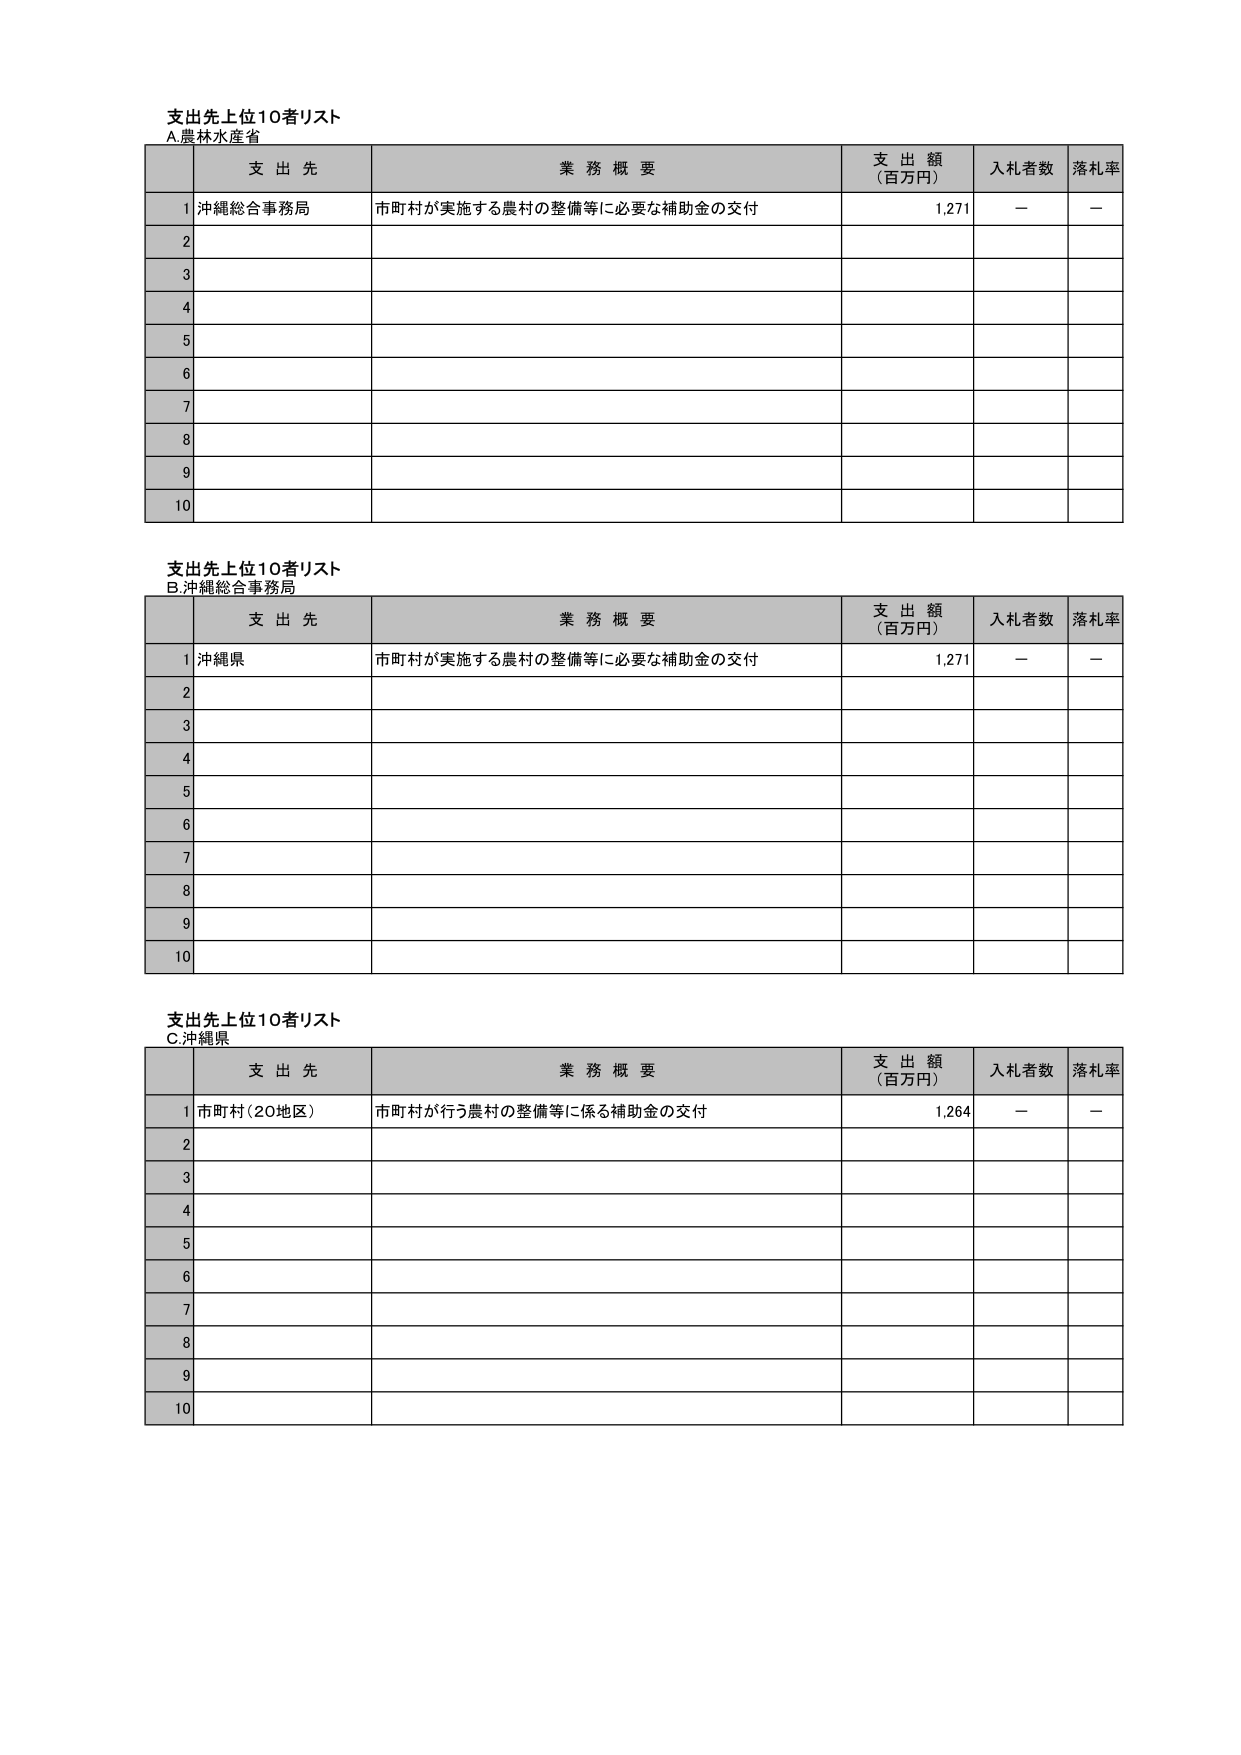
支出先上位10者リスト
A.農林水産省

| | 支出先 | 業務概要 | 支出額（百万円） | 入札者数 | 落札率 |
|---|---|---|---|---|---|
| 1 | 沖縄総合事務局 | 市町村が実施する農村の整備等に必要な補助金の交付 | 1,271 | － | － |
| 2 | | | | | |
| 3 | | | | | |
| 4 | | | | | |
| 5 | | | | | |
| 6 | | | | | |
| 7 | | | | | |
| 8 | | | | | |
| 9 | | | | | |
| 10 | | | | | |

支出先上位10者リスト
B.沖縄総合事務局

| | 支出先 | 業務概要 | 支出額（百万円） | 入札者数 | 落札率 |
|---|---|---|---|---|---|
| 1 | 沖縄県 | 市町村が実施する農村の整備等に必要な補助金の交付 | 1,271 | － | － |
| 2 | | | | | |
| 3 | | | | | |
| 4 | | | | | |
| 5 | | | | | |
| 6 | | | | | |
| 7 | | | | | |
| 8 | | | | | |
| 9 | | | | | |
| 10 | | | | | |

支出先上位10者リスト
C.沖縄県

| | 支出先 | 業務概要 | 支出額（百万円） | 入札者数 | 落札率 |
|---|---|---|---|---|---|
| 1 | 市町村（20地区） | 市町村が行う農村の整備等に係る補助金の交付 | 1,264 | － | － |
| 2 | | | | | |
| 3 | | | | | |
| 4 | | | | | |
| 5 | | | | | |
| 6 | | | | | |
| 7 | | | | | |
| 8 | | | | | |
| 9 | | | | | |
| 10 | | | | | |